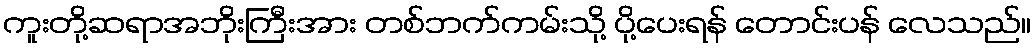
ကူးတို့ဆရာအဘိုးကြီးအား တစ်ဘက်ကမ်းသို့ ပို့ပေးရန် တောင်းပန် လေသည်။